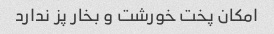
امکان پخت خورشت و بخار پز ندارد